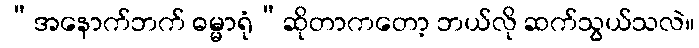
“အနောက်ဘက် ဓမ္မာရုံ”ဆိုတာကတော့ ဘယ်လို ဆက်သွယ်သလဲ။